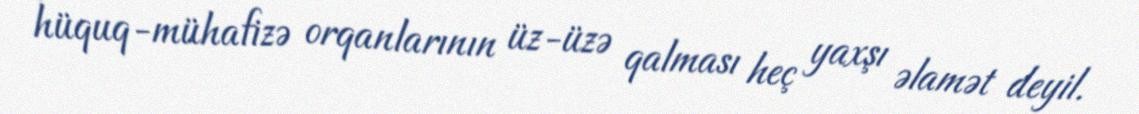
hüquq-mühafizə orqanlarının üz-üzə qalması heç yaxşı əlamət deyil.